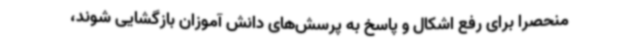
منحصرا برای رفع اشکال و پاسخ به پرسش‌های دانش آموزان بازگشایی شوند،